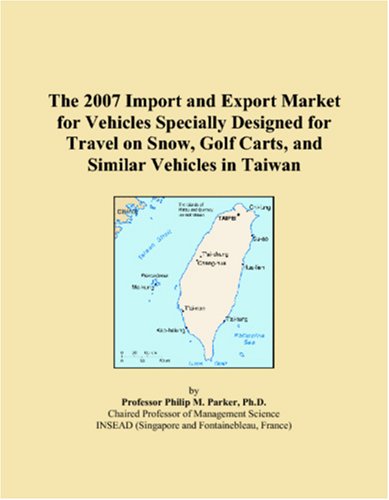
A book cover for The 2007 Import and Export Market for Vehicles Specially Designed for Travel on Snow, Golf Carts, and Similar Vehicles in Taiwan; Philip M. Parker; Travel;